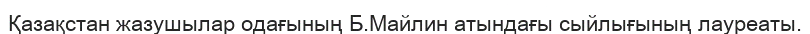
Қазақстан жазушылар одағының Б.Майлин атындағы сыйлығының лауреаты.